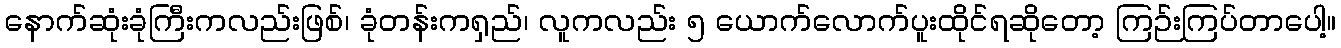
နောက်ဆုံးခုံကြီးကလည်းဖြစ်၊ ခုံတန်းကရှည်၊ လူကလည်း ၅ ယောက်လောက်ပူးထိုင်ရဆိုတော့ ကြဉ်းကြပ်တာပေါ့။